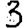
Digit: 3